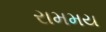
રામમય